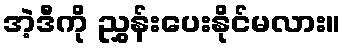
အဲ့ဒီကို ညွှန်းပေးနိုင်မလား။